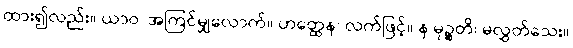
ထား၍လည်း။ ယာဝ၊ အကြင်မျှလောက်။ ဟတ္ထေန၊ လက်ဖြင့်။ န မုဉ္စတိ၊ မလွှတ်သေး။